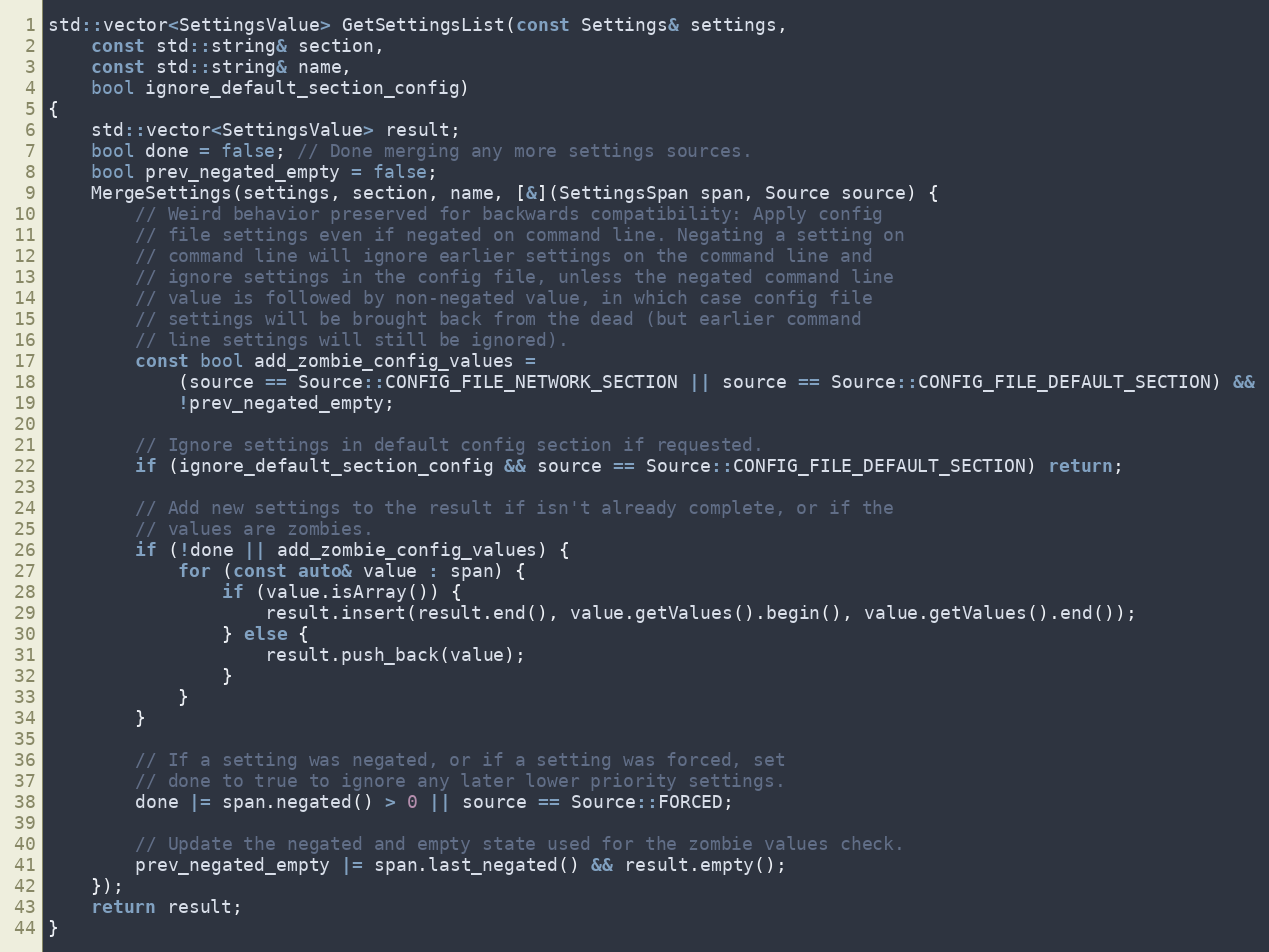
Language: C++
std::vector<SettingsValue> GetSettingsList(const Settings& settings,
    const std::string& section,
    const std::string& name,
    bool ignore_default_section_config)
{
    std::vector<SettingsValue> result;
    bool done = false; // Done merging any more settings sources.
    bool prev_negated_empty = false;
    MergeSettings(settings, section, name, [&](SettingsSpan span, Source source) {
        // Weird behavior preserved for backwards compatibility: Apply config
        // file settings even if negated on command line. Negating a setting on
        // command line will ignore earlier settings on the command line and
        // ignore settings in the config file, unless the negated command line
        // value is followed by non-negated value, in which case config file
        // settings will be brought back from the dead (but earlier command
        // line settings will still be ignored).
        const bool add_zombie_config_values =
            (source == Source::CONFIG_FILE_NETWORK_SECTION || source == Source::CONFIG_FILE_DEFAULT_SECTION) &&
            !prev_negated_empty;

        // Ignore settings in default config section if requested.
        if (ignore_default_section_config && source == Source::CONFIG_FILE_DEFAULT_SECTION) return;

        // Add new settings to the result if isn't already complete, or if the
        // values are zombies.
        if (!done || add_zombie_config_values) {
            for (const auto& value : span) {
                if (value.isArray()) {
                    result.insert(result.end(), value.getValues().begin(), value.getValues().end());
                } else {
                    result.push_back(value);
                }
            }
        }

        // If a setting was negated, or if a setting was forced, set
        // done to true to ignore any later lower priority settings.
        done |= span.negated() > 0 || source == Source::FORCED;

        // Update the negated and empty state used for the zombie values check.
        prev_negated_empty |= span.last_negated() && result.empty();
    });
    return result;
}